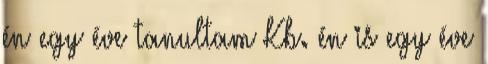
én egy éve tanultam Kb. én is egy éve